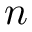
\boldsymbol { n }